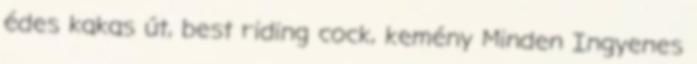
édes kakas út, best riding cock, kemény Minden Ingyenes